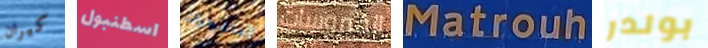
كيران اسطنبول المتفجرات الفيروسات Matrouh بولدر